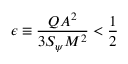
\epsilon \equiv \frac { Q A ^ { 2 } } { 3 S _ { \psi } M ^ { 2 } } < \frac { 1 } { 2 }